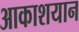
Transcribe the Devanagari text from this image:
आकाशयान